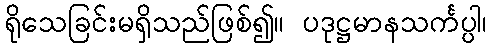
ရိုသေခြင်းမရှိသည်ဖြစ်၍။ ပဒုဋ္ဌမာနသင်္ကပ္ပါ၊